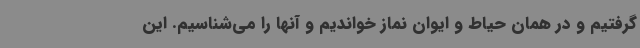
گرفتیم و در همان حیاط و ایوان نماز خواندیم و آنها را می‌شناسیم. این